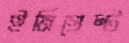
ইমিগ্রেন্ট